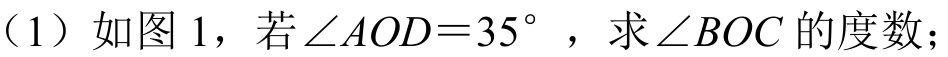
（1）如图 1，若\(\angle AOD = 35^{\circ}\)，求\(\angle BOC\)的度数；